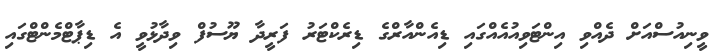
ވީނިއުސްއަށް ދެއްވި އިންޓަވިއުއެއްގައި ޑިއެންއާރްގެ ޑިރެކްޓަރު ފަރީދާ ޔޫސުފް ވިދާޅުވީ އެ ޑިޕާޓްމެންޓްގައި